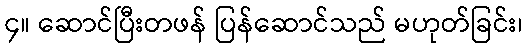
၄။ ဆောင်ပြီးတဖန် ပြန်ဆောင်သည် မဟုတ်ခြင်း၊